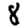
Digit: 8